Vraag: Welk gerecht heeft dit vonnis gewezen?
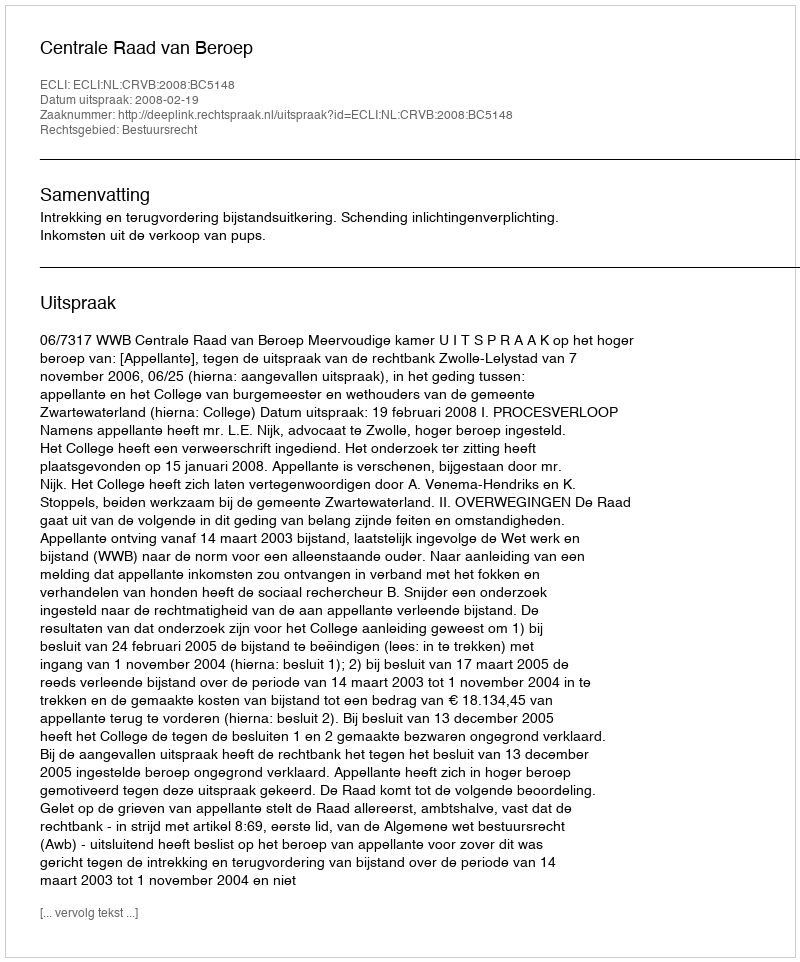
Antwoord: Centrale Raad van Beroep